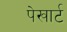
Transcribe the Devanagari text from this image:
पेखार्ट